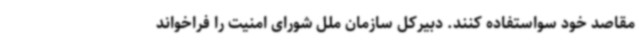
مقاصد خود سواستفاده کنند. دبیرکل سازمان ملل شورای امنیت را فراخواند